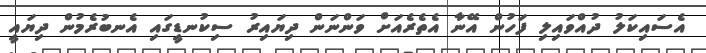
އެސައިކަލު ދުއްވައިލި ފަހުން އޭނާ އެތެރެއަށް ވަންނަން ދިޔައިރު ސިކުނޑީގައި އެނބުރެމުން ދިޔައީ